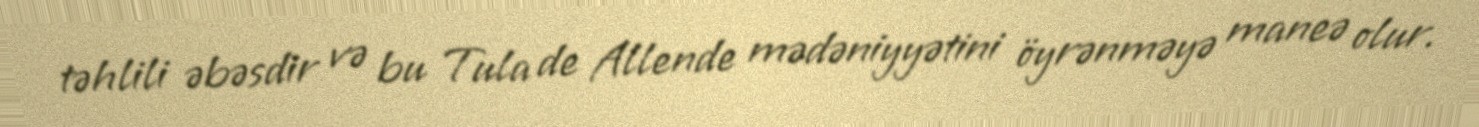
təhlili əbəsdir və bu Tula de Allende mədəniyyətini öyrənməyə maneə olur.